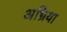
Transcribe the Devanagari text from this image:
अभ्रिया